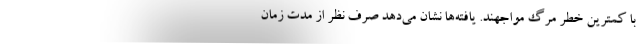
با کمترین خطر مرگ مواجهند. یافته‌ها نشان می‌دهد صرف نظر از مدت زمان